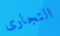
التجارى